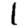
Digit: 1